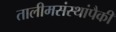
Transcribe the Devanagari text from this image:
तालीमसंस्थांपैकी